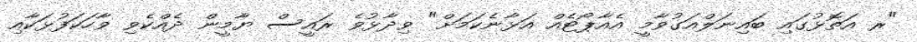
"ރ އަތޮޅުގައި ބައިނަލްއަގުވާމީ އެއާޕޯޓެއް އަޅާނެކަމަށް" ވިދާޅުވެ ރައީސް ޔާމީން ދެއްކެވި ވާހަކަފުޅަކާއި